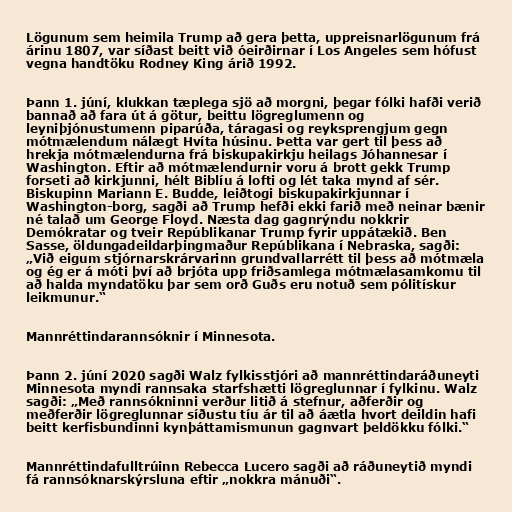
Lögunum sem heimila Trump að gera þetta, uppreisnarlögunum frá
árinu 1807, var síðast beitt við óeirðirnar í Los Angeles sem hófust
vegna handtöku Rodney King árið 1992.

Þann 1. júní, klukkan tæplega sjö að morgni, þegar fólki hafði verið
bannað að fara út á götur, beittu lögreglumenn og
leyniþjónustumenn piparúða, táragasi og reyksprengjum gegn
mótmælendum nálægt Hvíta húsinu. Þetta var gert til þess að
hrekja mótmælendurna frá biskupakirkju heilags Jóhannesar í
Washington. Eftir að mótmælendurnir voru á brott gekk Trump
forseti að kirkjunni, hélt Biblíu á lofti og lét taka mynd af sér.
Biskupinn Mariann E. Budde, leiðtogi biskupakirkjunnar í
Washington-borg, sagði að Trump hefði ekki farið með neinar bænir
né talað um George Floyd. Næsta dag gagnrýndu nokkrir
Demókratar og tveir Repúblikanar Trump fyrir uppátækið. Ben
Sasse, öldungadeildarþingmaður Repúblikana í Nebraska, sagði:
„Við eigum stjórnarskrárvarinn grundvallarrétt til þess að mótmæla
og ég er á móti því að brjóta upp friðsamlega mótmælasamkomu til
að halda myndatöku þar sem orð Guðs eru notuð sem pólitískur
leikmunur.“

Mannréttindarannsóknir í Minnesota.

Þann 2. júní 2020 sagði Walz fylkisstjóri að mannréttindaráðuneyti
Minnesota myndi rannsaka starfshætti lögreglunnar í fylkinu. Walz
sagði: „Með rannsókninni verður litið á stefnur, aðferðir og
meðferðir lögreglunnar síðustu tíu ár til að áætla hvort deildin hafi
beitt kerfisbundinni kynþáttamismunun gagnvart þeldökku fólki.“

Mannréttindafulltrúinn Rebecca Lucero sagði að ráðuneytið myndi
fá rannsóknarskýrsluna eftir „nokkra mánuði“.